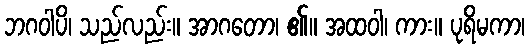
ဘဂဝါပိ၊ သည်လည်း။ အာဂတော၊ ၏။ အထဝါ၊ ကား။ ပုရိမကာ၊